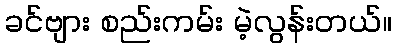
ခင်ဗျား စည်းကမ်း မဲ့လွန်းတယ်။